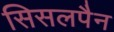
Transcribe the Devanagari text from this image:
सिसलपैन